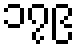
၁၇၉